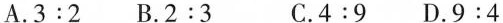
A.$$3:2$$ B.$$2:3$$ C.$$4:9$$ D.$$9:4$$